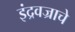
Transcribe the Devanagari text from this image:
इंद्रवज्राचे